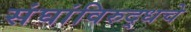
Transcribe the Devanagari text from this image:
संघांविरुद्धचे